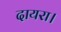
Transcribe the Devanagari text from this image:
दायरा।